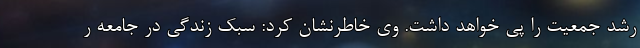
رشد جمعیت را پی خواهد داشت. وی خاطرنشان کرد: سبک زندگی در جامعه ر